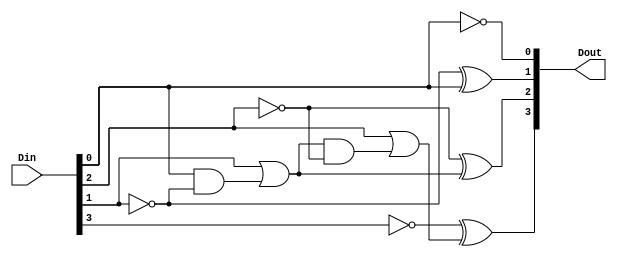
// Copyright (C) 2020  Intel Corporation. All rights reserved.
// Your use of Intel Corporation's design tools, logic functions 
// and other software and tools, and any partner logic 
// functions, and any output files from any of the foregoing 
// (including device programming or simulation files), and any 
// associated documentation or information are expressly subject 
// to the terms and conditions of the Intel Program License 
// Subscription Agreement, the Intel Quartus Prime License Agreement,
// the Intel FPGA IP License Agreement, or other applicable license
// agreement, including, without limitation, that your use is for
// the sole purpose of programming logic devices manufactured by
// Intel and sold by Intel or its authorized distributors.  Please
// refer to the applicable agreement for further details, at
// https://fpgasoftware.intel.com/eula.

// PROGRAM		"Quartus Prime"
// VERSION		"Version 20.1.1 Build 720 11/11/2020 SJ Lite Edition"
// CREATED		"Wed Dec 22 12:37:40 2021"

module decre_4bit(
	Din,
	Dout
);


input wire	[3:0] Din;
output wire	[3:0] Dout;

wire	[3:0] l_in;
wire	[3:0] l_out;
wire	SYNTHESIZED_WIRE_33;
wire	SYNTHESIZED_WIRE_34;
wire	SYNTHESIZED_WIRE_35;
wire	SYNTHESIZED_WIRE_36;
wire	SYNTHESIZED_WIRE_37;
wire	SYNTHESIZED_WIRE_38;
wire	SYNTHESIZED_WIRE_9;
wire	SYNTHESIZED_WIRE_10;
wire	SYNTHESIZED_WIRE_39;
wire	SYNTHESIZED_WIRE_40;
wire	SYNTHESIZED_WIRE_41;
wire	SYNTHESIZED_WIRE_19;
wire	SYNTHESIZED_WIRE_20;
wire	SYNTHESIZED_WIRE_23;
wire	SYNTHESIZED_WIRE_24;
wire	SYNTHESIZED_WIRE_42;
wire	SYNTHESIZED_WIRE_26;
wire	SYNTHESIZED_WIRE_27;
wire	SYNTHESIZED_WIRE_43;
wire	SYNTHESIZED_WIRE_44;

assign	SYNTHESIZED_WIRE_33 = 1;
assign	SYNTHESIZED_WIRE_36 = 1;
assign	SYNTHESIZED_WIRE_39 = 1;
assign	SYNTHESIZED_WIRE_42 = 1;



assign	SYNTHESIZED_WIRE_34 = SYNTHESIZED_WIRE_33 ^ l_in[0];

assign	l_out[0] = SYNTHESIZED_WIRE_34 ^ SYNTHESIZED_WIRE_35;

assign	SYNTHESIZED_WIRE_37 = SYNTHESIZED_WIRE_36 ^ l_in[2];

assign	l_out[2] = SYNTHESIZED_WIRE_37 ^ SYNTHESIZED_WIRE_38;

assign	SYNTHESIZED_WIRE_10 = SYNTHESIZED_WIRE_38 & SYNTHESIZED_WIRE_37;

assign	SYNTHESIZED_WIRE_9 = l_in[2] & SYNTHESIZED_WIRE_36;

assign	SYNTHESIZED_WIRE_41 = SYNTHESIZED_WIRE_9 | SYNTHESIZED_WIRE_10;


assign	SYNTHESIZED_WIRE_40 = SYNTHESIZED_WIRE_39 ^ l_in[3];

assign	l_out[3] = SYNTHESIZED_WIRE_40 ^ SYNTHESIZED_WIRE_41;

assign	SYNTHESIZED_WIRE_20 = SYNTHESIZED_WIRE_41 & SYNTHESIZED_WIRE_40;

assign	SYNTHESIZED_WIRE_19 = SYNTHESIZED_WIRE_39;

assign	SYNTHESIZED_WIRE_24 = SYNTHESIZED_WIRE_35 & SYNTHESIZED_WIRE_34;



assign	SYNTHESIZED_WIRE_35 =  ~SYNTHESIZED_WIRE_33;

assign	SYNTHESIZED_WIRE_23 = l_in[0] & SYNTHESIZED_WIRE_33;

assign	SYNTHESIZED_WIRE_44 = SYNTHESIZED_WIRE_23 | SYNTHESIZED_WIRE_24;

assign	SYNTHESIZED_WIRE_26 = l_in[1] & SYNTHESIZED_WIRE_42;


assign	SYNTHESIZED_WIRE_38 = SYNTHESIZED_WIRE_26 | SYNTHESIZED_WIRE_27;

assign	SYNTHESIZED_WIRE_43 = SYNTHESIZED_WIRE_42 ^ l_in[1];

assign	l_out[1] = SYNTHESIZED_WIRE_43 ^ SYNTHESIZED_WIRE_44;

assign	SYNTHESIZED_WIRE_27 = SYNTHESIZED_WIRE_44 & SYNTHESIZED_WIRE_43;


assign	Dout = l_out;
assign	l_in = Din;

endmodule